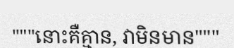
"""នោះគឺគ្មាន, វាមិនមាន"""